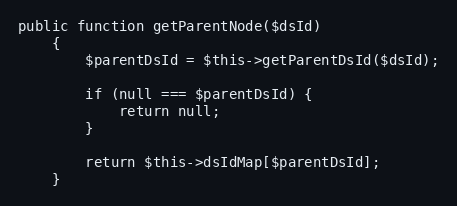
Language: PHP
public function getParentNode($dsId)
    {
        $parentDsId = $this->getParentDsId($dsId);

        if (null === $parentDsId) {
            return null;
        }

        return $this->dsIdMap[$parentDsId];
    }